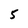
Character: 5